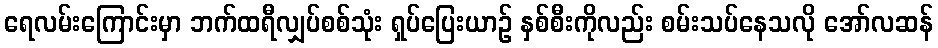
ရေလမ်းကြောင်းမှာ ဘက်ထရီလျှပ်စစ်သုံး ရှပ်ပြေးယာဉ် နှစ်စီးကိုလည်း စမ်းသပ်နေသလို အော်လဆန်